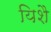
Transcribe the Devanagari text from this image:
यिशै